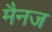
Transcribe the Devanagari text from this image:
मैनज